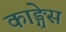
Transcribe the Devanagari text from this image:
काङ्ग्रेस